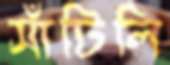
সাঁটিলি